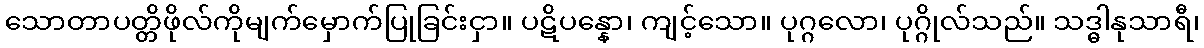
သောတာပတ္တိဖိုလ်ကိုမျက်မှောက်ပြုခြင်းငှာ။ ပဋိပန္နော၊ ကျင့်သော။ ပုဂ္ဂလော၊ ပုဂ္ဂိုလ်သည်။ သဒ္ဓါနုသာရီ၊